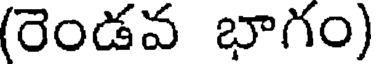
(రెండవ భాగం)